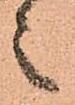
之